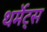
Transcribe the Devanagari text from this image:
थर्मेट्स